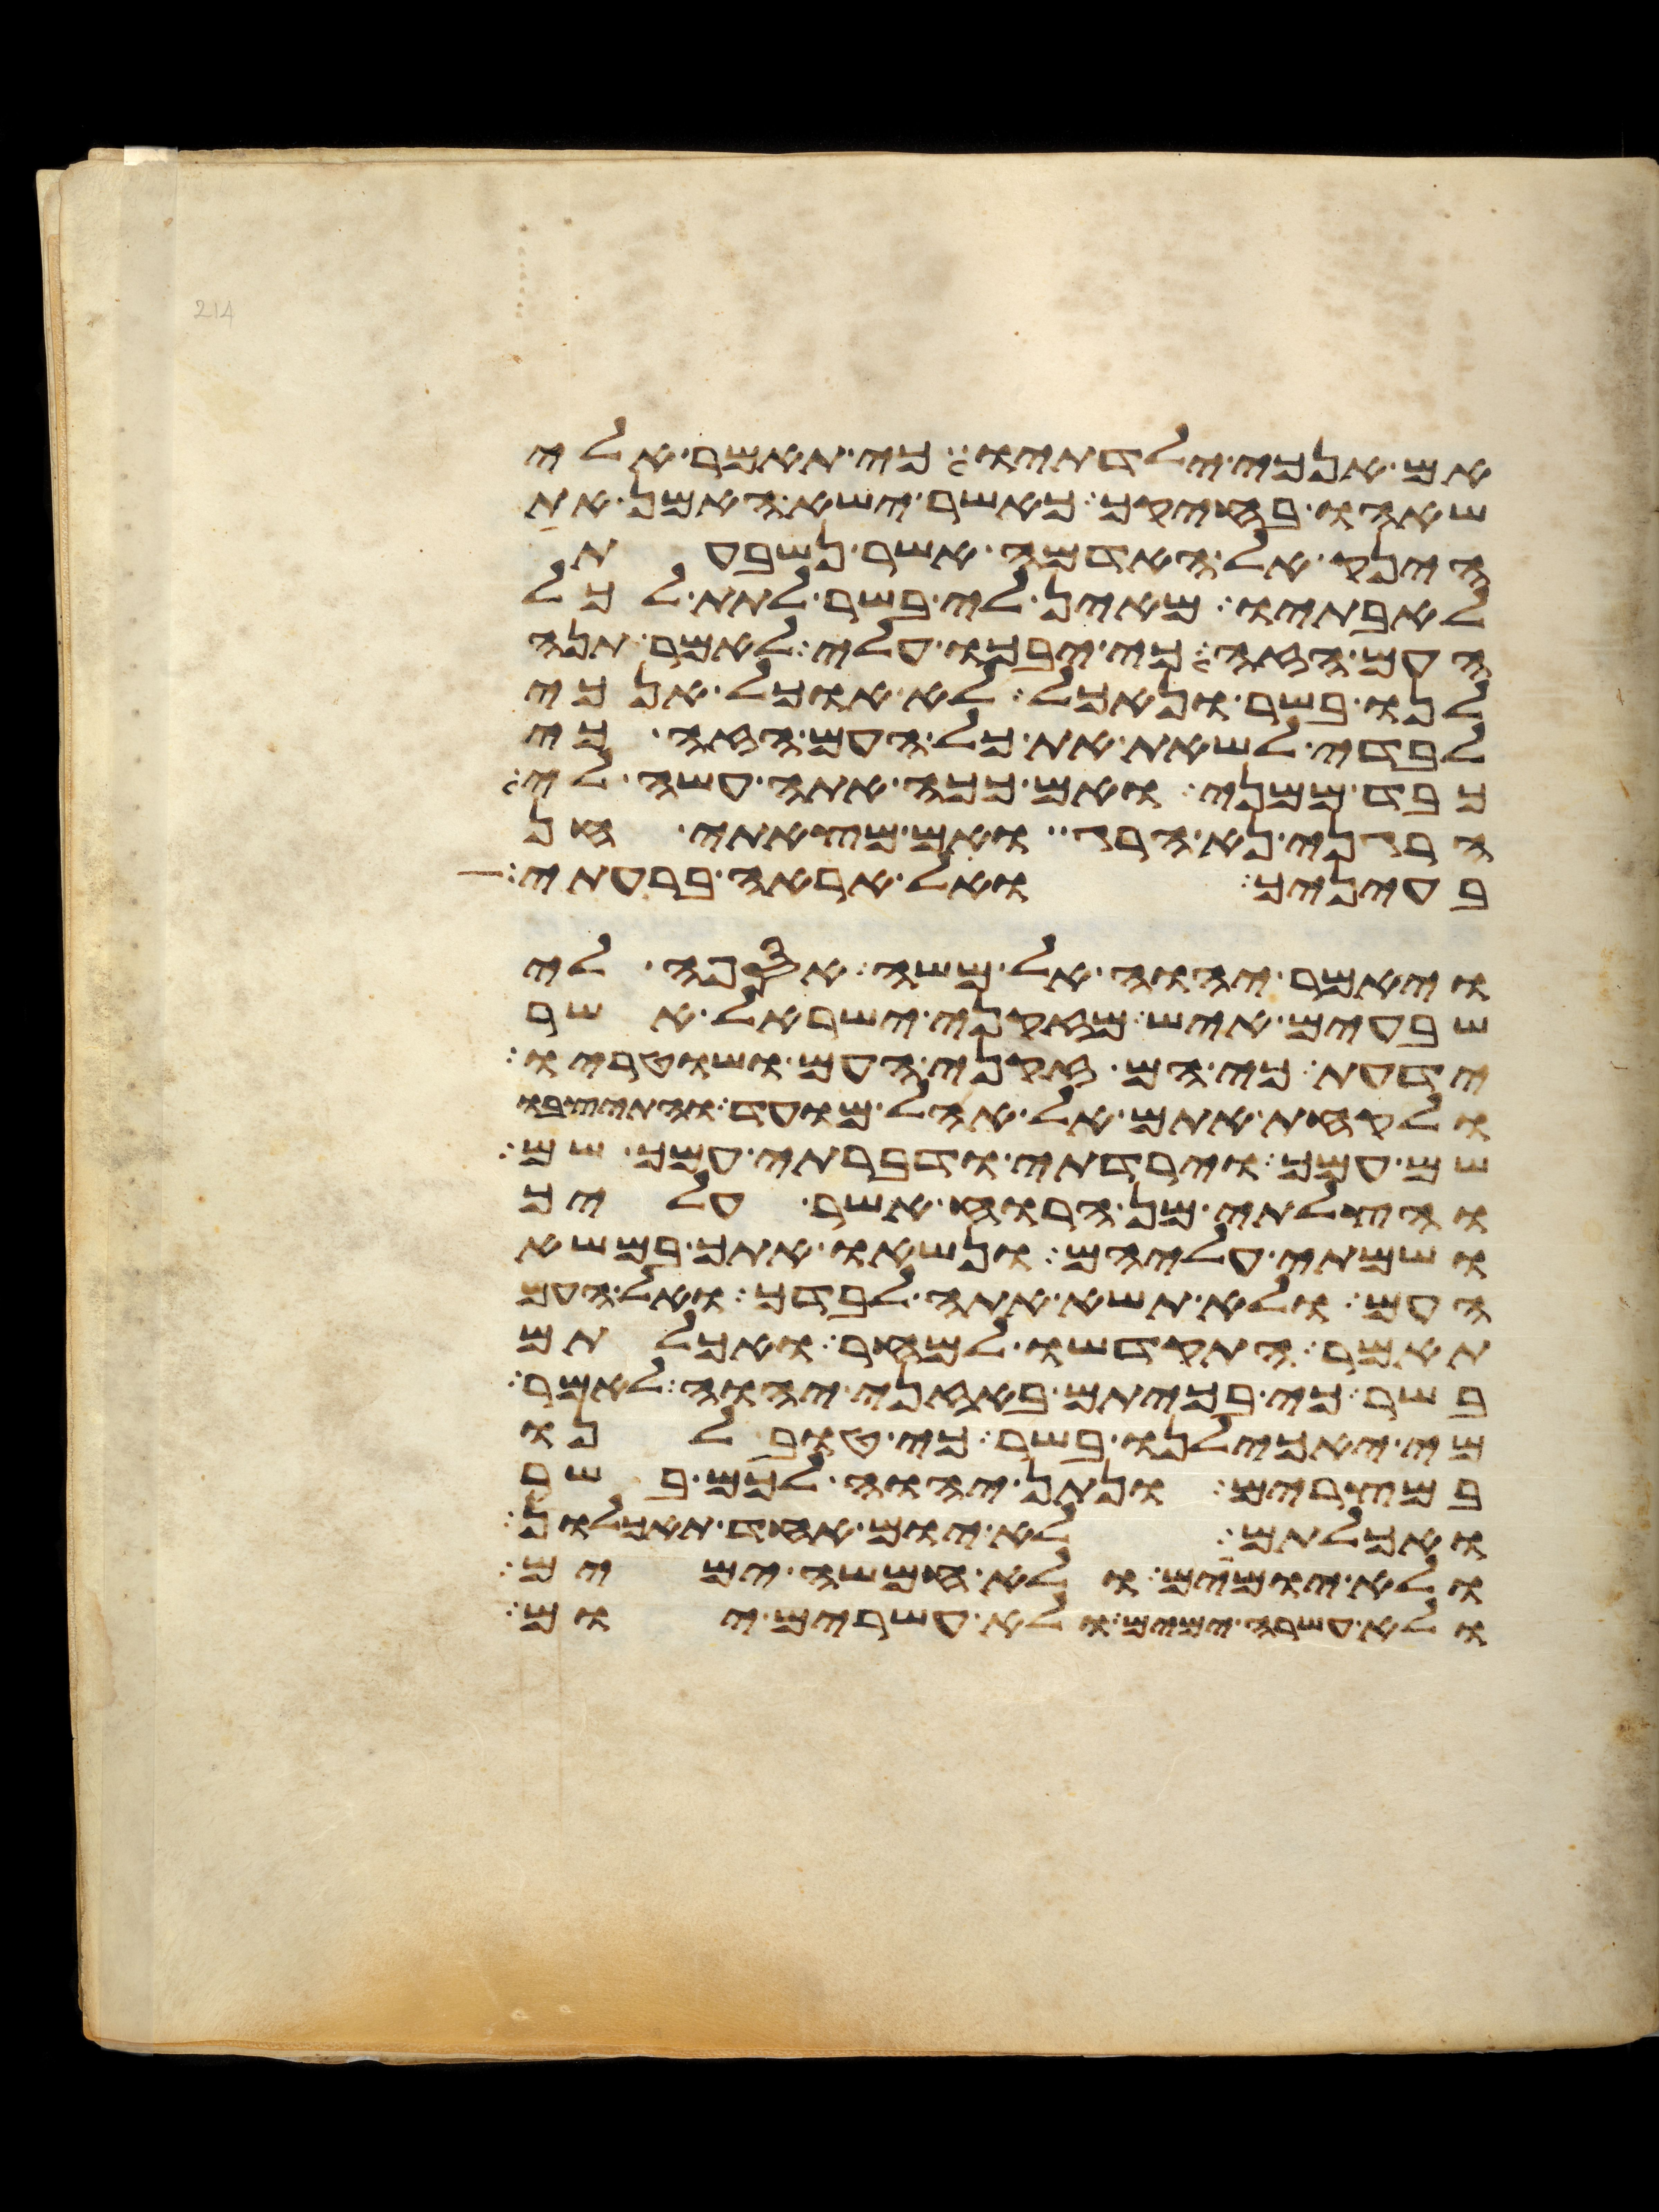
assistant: אם אנכי ילדתיו כי תאמר אלי
שאהו בחיקך כאשר ישא האמן את
הינק אל האדמה אשר נשבעת
לאבתיו מאין לי בשר לתת לכל
העם הזה כי יבכו עלי לאמר תנה
לנו בשר ונאכל לא אוכל אנכי
לבדי לשאת את כל העם הזה כי
כבד ממני ואם ככה אתה עשה לי
הרגני נא הרג ואם מצאתי חן
בעיניך ואל אראה ברעתי
ויאמר יהוה אל משה אספה לי
שבעים איש מזקני ישראל אשר
ידעת כי הם זקני העם ושוטריו
ולקחת אתם אל אהל מועד והתיצבו
שם עמך וירדתי ודברתי עמך שם
והצלתי מן הרוח אשר עליך
ושמתי עליהם ונשאו אתך במשא
העם ולא תשא אתה לבדך ואל העם
תאמר התקדשו למחר ואכלתם
בשר כי בכיתם באזני יהוה לאמר
מי יאכילנו בשר כי טוב לנו
במצרים ונתן יהוה לכם בשר
ואכלתם לא יום אחד תאכלון
ולא יומים ולא חמשה ימים
ולא עשרה ימים ולא עשרים יום